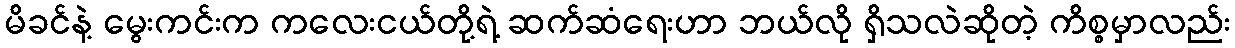
မိခင်နဲ့ မွေးကင်းက ကလေးငယ်တို့ရဲ့ ဆက်ဆံရေးဟာ ဘယ်လို ရှိသလဲဆိုတဲ့ ကိစ္စမှာလည်း